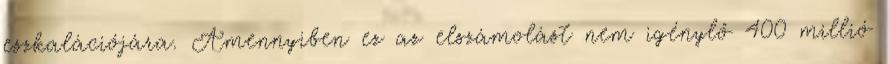
eszkalációjára. Amennyiben ez az elszámolást nem igénylő 400 millió